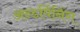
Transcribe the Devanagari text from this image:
अन्डर्पिनिंग